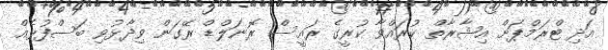
އަދި ޓްރަމްޕަށް އިޝާރާތް ކުރައްވާ ކުރީގެ ރައީސް ރޮނަލްޑް ރޭގަން ވިދާޅުވި ބަސްފުޅެއް